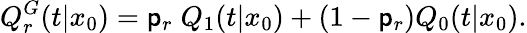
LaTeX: Q_{r}^{G}(t|x_{0})=\mathsf{p}_{r}\; Q_{1}(t|x_{0})+(1-\mathsf{p}_{r})Q_{0}(t|x_{0}).